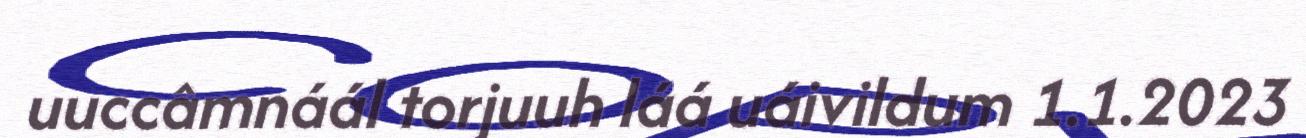
uuccâmnáál torjuuh láá uáivildum 1.1.2023